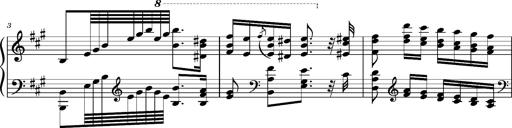
Title: Ungarischer Romanzero
Composer: Franz Liszt